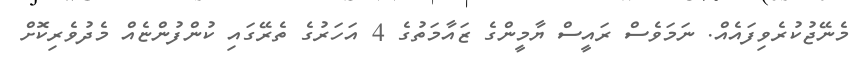
މެނޭޖުކުރެވިފައެއް. ނަމަވެސް ރައީސް ޔާމީންގެ ޒައާމަތުގެ 4 އަހަރުގެ ތެރޭގައި ކުންފުންޏެއް މެދުވެރިކޮށް